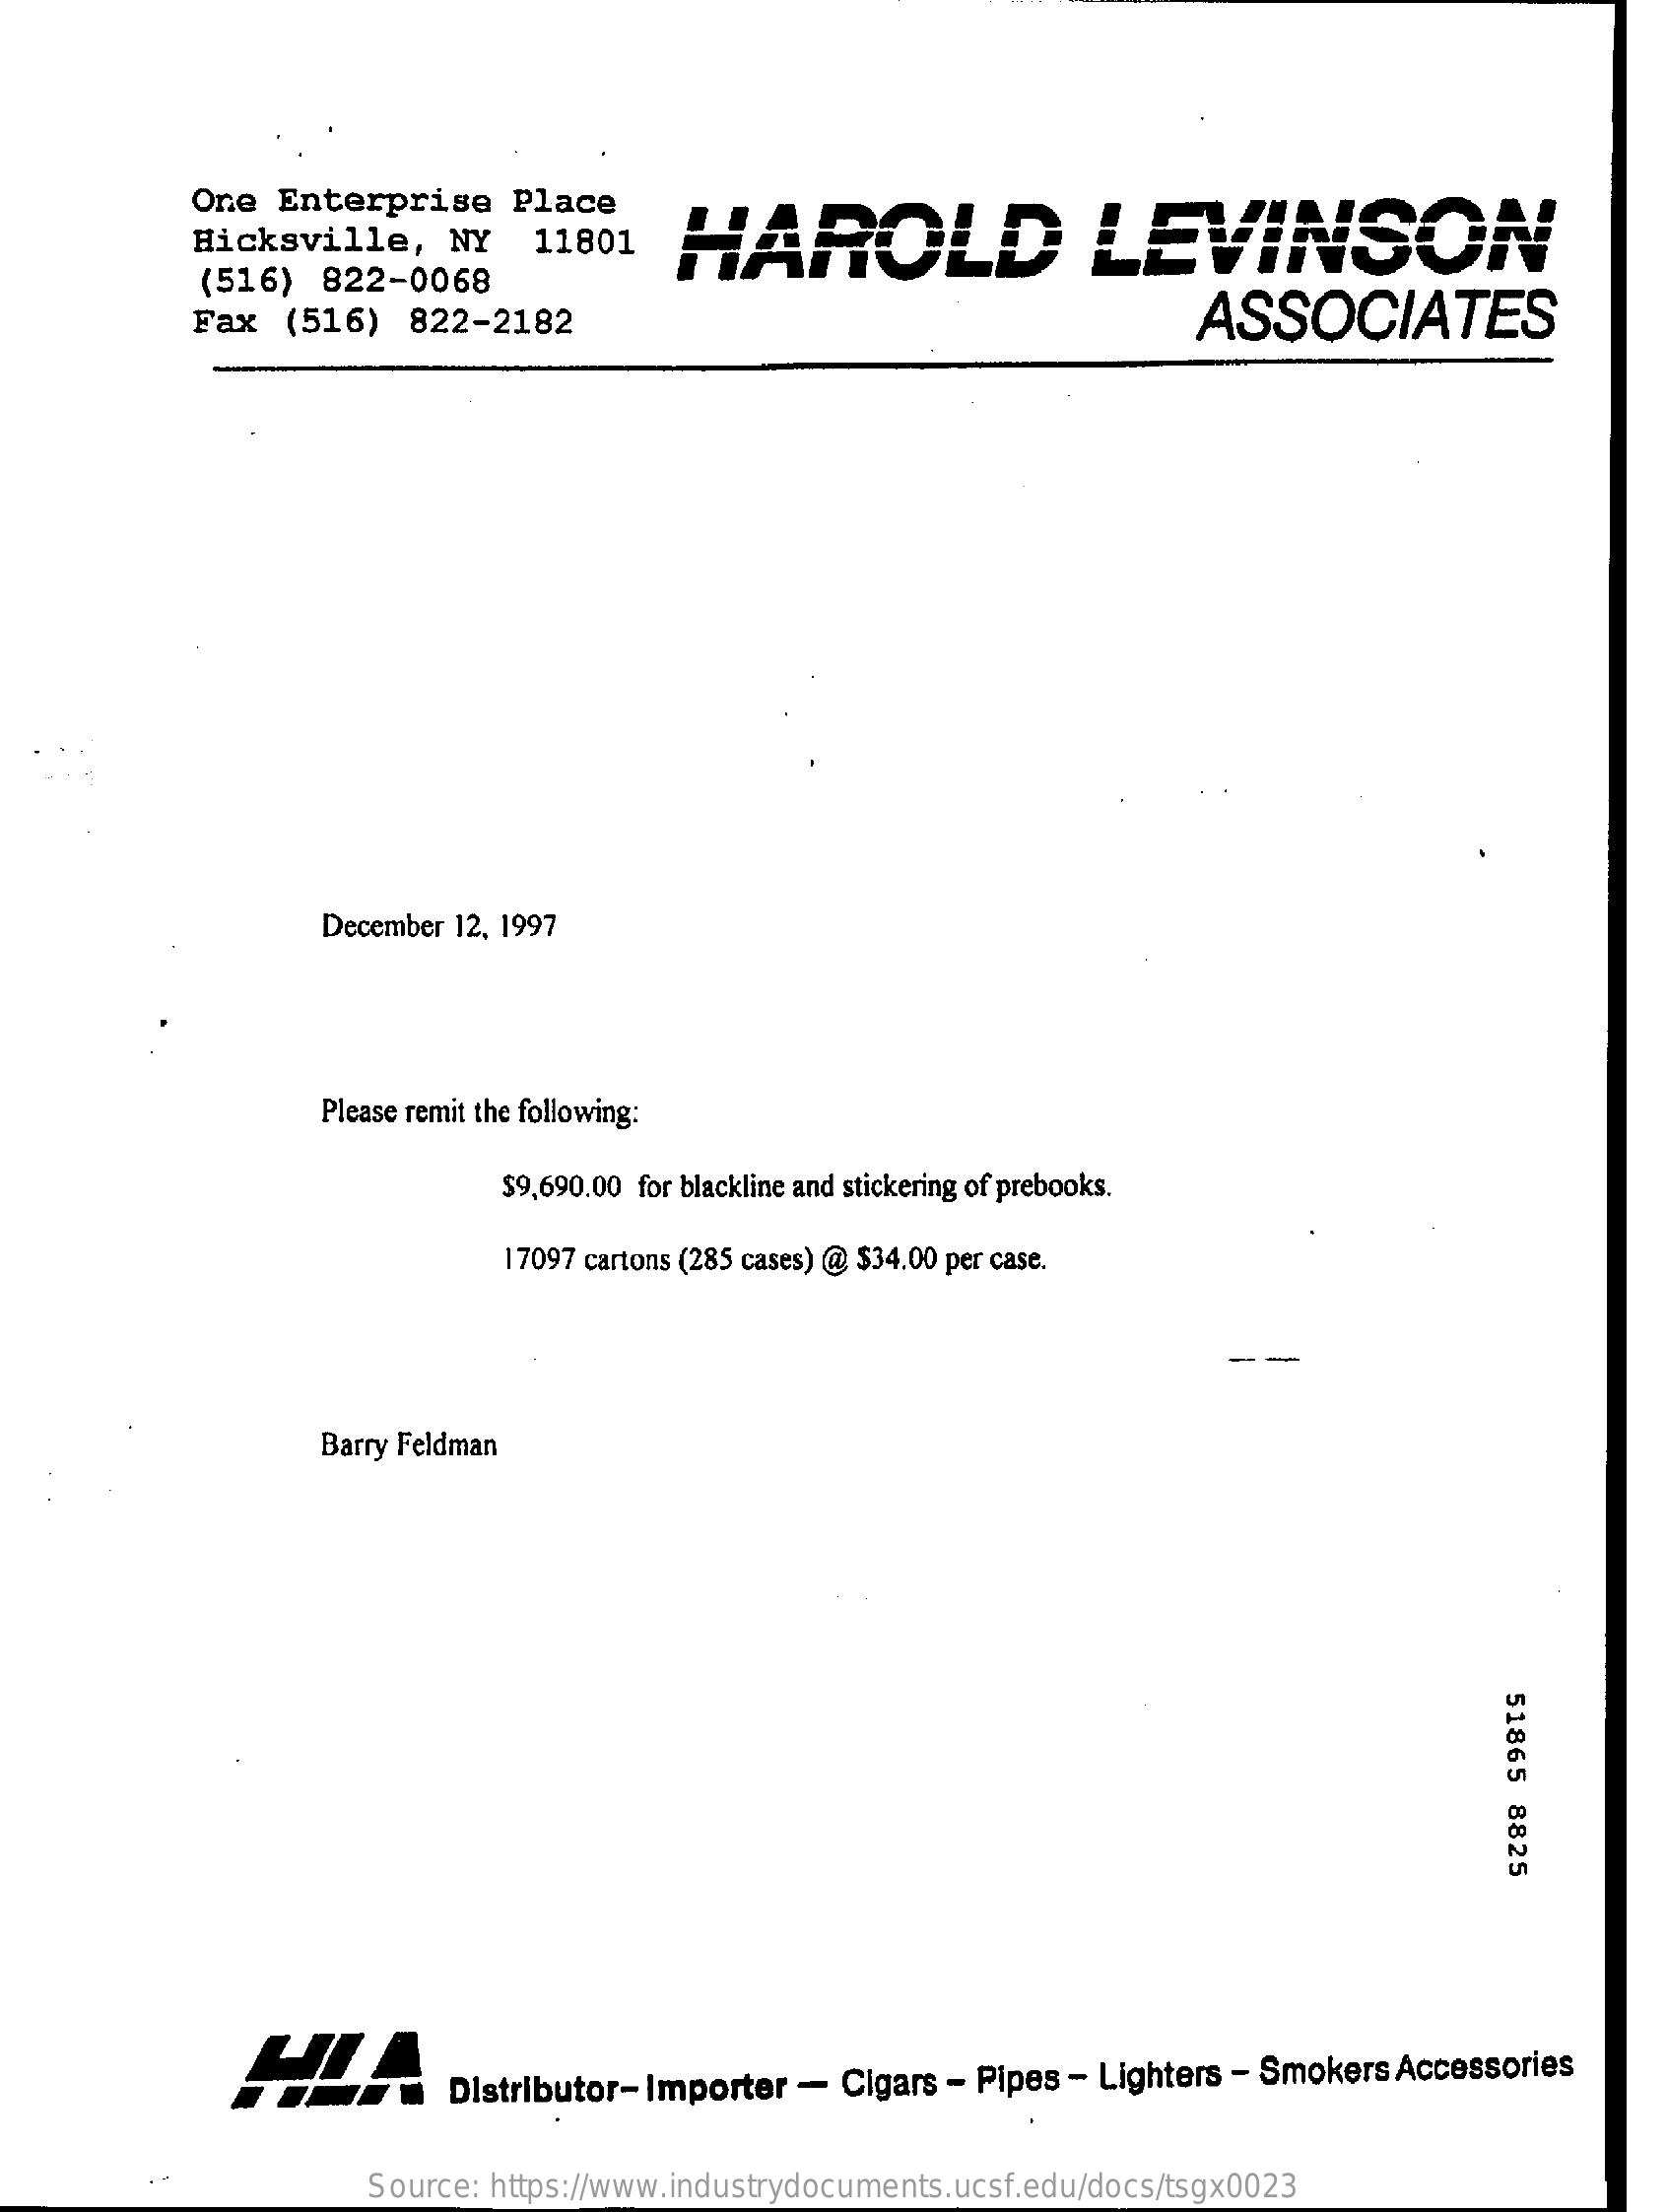
One Enterprise  Place
     Hicksville, NY  11801 HAROLD    LEVINSON
     (516) 822-0068
     Fax  (516) 822-2182    ASSOCIATES
     December 12, 1997
     Please remit the following:
     $9,690.00 for blackline and stickering of prebooks.
     17097 cartons (285 cases) @ $34.00 per case.
     -
     Barry Feldman
     51865
     8825
     HLA    Distributor-Importer - Cigars - Pipes - Lighters - Smokers Accessories
     Source: https://www.industrydocuments.ucsf.edu/docs/tsgx0023